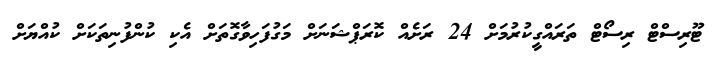
ޓޫރިސްޓް ރިސޯޓް ތަރައްގީކުރުމަށް 24 ރަށެއް ކޮރަޕްޝަނަށް މަގުފަހިވާގޮތަށް އެކި ކުންފުނިތަކަށް ކުއްޔަށް